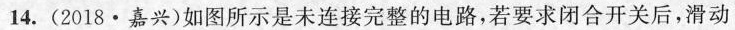
14.(2018·嘉兴)如图所示是未连接完整的电路，若要求闭合开关后，滑动